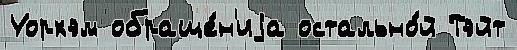
Уорхэм обраще́н'иjа остально́й Тэйт